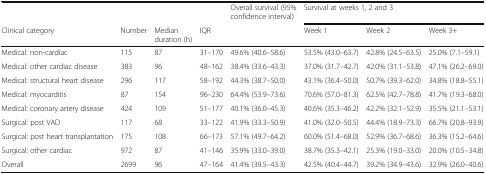
|  |  |  |  | Overall survival (95% confidence interval) | <COLSPAN=3> Survival at weeks 1, 2 and 3 |
 | Clinical category | Number | Median duration (h) | IQR |  | Week 1 | Week 2 | Week 3+ |
 | --- | --- | --- | --- | --- | --- | --- | --- |
 | Medical: non-cardiac | 115 | 87 | 31–170 | 49.6% (40.6–58.6) | 53.5% (43.0–63.7) | 42.8% (24.5–63.5) | 25.0% (7.1–59.1) |
 | Medical: other cardiac disease | 383 | 96 | 48–162 | 38.4% (33.6–43.3) | 37.0% (31.7–42.7) | 42.0% (31.1–53.8) | 47.1% (26.2–69.0) |
 | Medical: structural heart disease | 296 | 117 | 58–192 | 44.3% (38.7–50.0) | 43.1% (36.4–50.0) | 50.7% (39.3–62.0) | 34.8% (18.8–55.1) |
 | Medical: myocarditis | 87 | 154 | 96–230 | 64.4% (53.9–73.6) | 70.6% (57.0–81.3) | 62.5% (42.7–78.8) | 41.7% (19.3–68.0) |
 | Medical: coronary artery disease | 424 | 109 | 51–177 | 40.1% (36.0–45.3) | 40.6% (35.3–46.2) | 42.2% (32.1–52.9) | 35.5% (21.1–53.1) |
 | Surgical: post VAD | 117 | 68 | 33–122 | 41.9% (33.3–50.9) | 41.0% (32.0–50.5) | 44.4% (18.9–73.3) | 66.7% (20.8–93.9) |
 | Surgical: post heart transplantation | 175 | 108 | 66–173 | 57.1% (49.7–64.2) | 60.0% (51.4–68.0) | 52.9% (36.7–68.6) | 36.3% (15.2–64.6) |
 | Surgical: other cardiac | 972 | 87 | 41–146 | 35.9% (33.0–39.0) | 38.7% (35.3–42.1) | 25.3% (19.0–33.0) | 20.0% (10.5–34.8) |
 | Overall | 2699 | 96 | 47–164 | 41.4% (39.5–43.3) | 42.5% (40.4–44.7) | 39.2% (34.9–43.6) | 32.9% (26.0–40.6) |